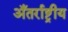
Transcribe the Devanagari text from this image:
अँतर्राष्ट्रीय